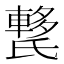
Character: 𰚺